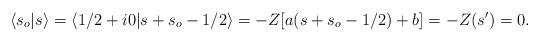
LaTeX: \begin{align*}\langle s_o\vert s\rangle = \langle 1/2 + i 0\vert s + s_o - 1/2\rangle= -Z [a (s + s_o - 1/2) + b] = -Z (s') = 0.\end{align*}